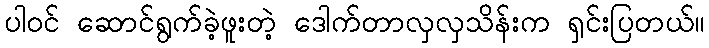
ပါဝင် ဆောင်ရွက်ခဲ့ဖူးတဲ့ ဒေါက်တာလှလှသိန်းက ရှင်းပြတယ်။